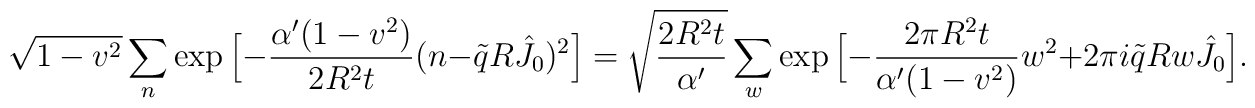
\sqrt{1-v^2}\sum_{n}\exp \Big[-\frac{\alpha^{\prime}(1-v^2)}{2R^2t}(n-\tilde qR\hat J_0)^2\Big]=\sqrt{\frac{2R^2t}{\alpha^{\prime}}}\sum_{w}\exp \Big[-\frac{2\pi R^2t}{\alpha^{\prime}(1-v^2)}w^2+2\pi i \tilde q R w \hat J_0\Big].